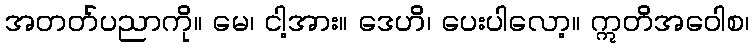
အတတ်ပညာကို။ မေ၊ ငါ့အား။ ဒေဟိ၊ ပေးပါလော့။ ဣတိအဝေါစ၊